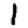
Digit: 1